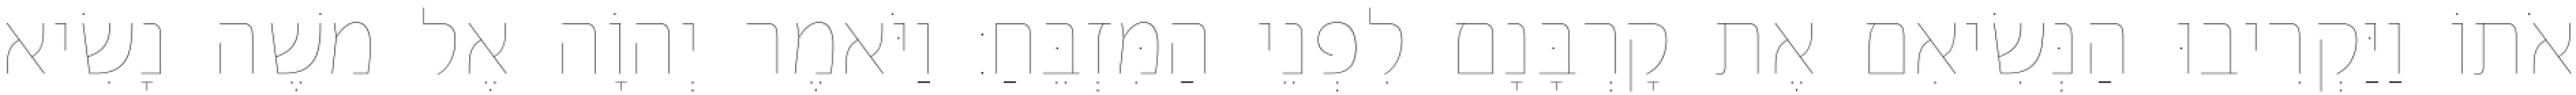
אֹתוֹ וַיַּקְרִיבוּ הַנְּשִׂיאִם אֶת קָרְבָּנָם לִפְנֵי הַמִּזְבֵּחַ׃ וַיֹּאמֶר יְהוָֹה אֶל משֶׁה נָשִׂיא